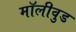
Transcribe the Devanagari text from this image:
मॉलीवुड